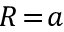
R \! = \! a